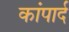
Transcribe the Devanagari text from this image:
कांपार्द